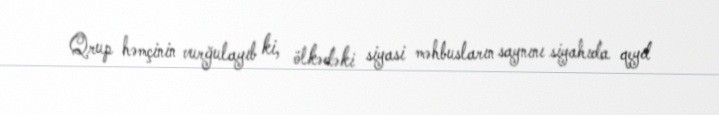
Qrup həmçinin vurğulayıb ki, ölkədəki siyasi məhbusların saynını siyahıda qeyd